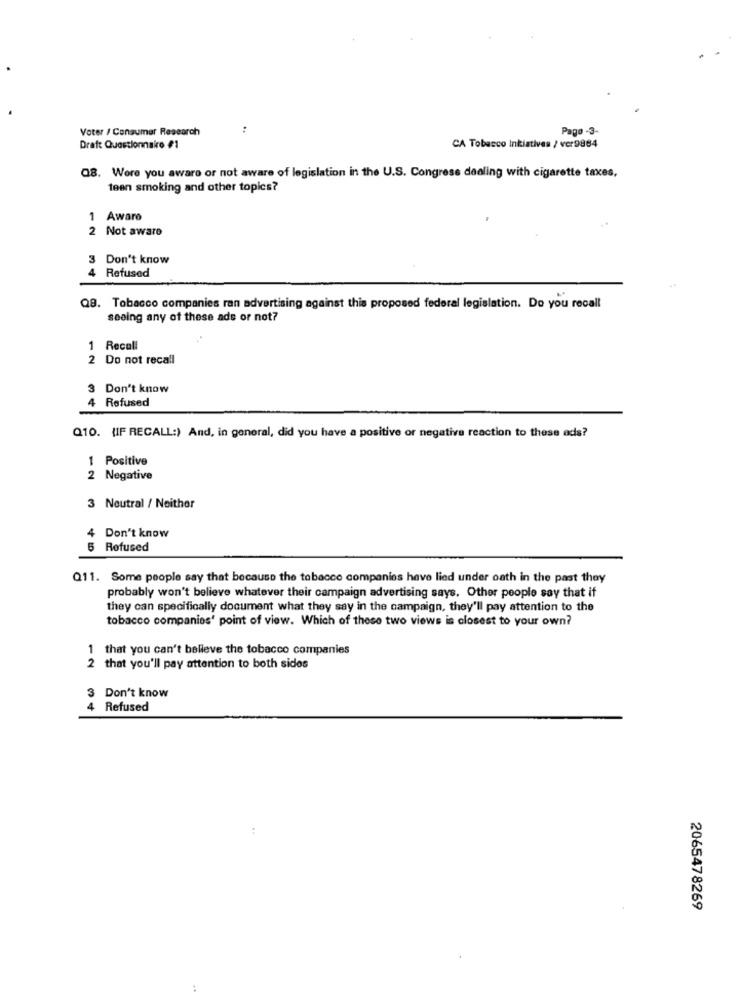
Voter / Consumer Research
:
Pago -3-
Draft Questionnaire #1
CA Tobacco Intiatives / vcr9884
08. Were you aware or not aware of legislation in the U.S. Congress dealing with cigarette taxes,
teen smoking and other topics?
Aware
2 Not aware
3 Don't know
Refused
Q8. Tobacco companies ran advertising against this proposed federal legislation. Do you recall
seeing any of these ads or not?
1 Recall
2 Do not recall
3 Don't know
Refused
Q10. {IF RECALL:) And, in general, did you have a positive or negative reaction to these ads?
1 Positive
2 Negative
3 Neutral / Neither
4 Don't know
Refused
Q11. Some people say that because the tobacco companies have lied under oath in the past they
probably won't believe whatever their campaign advertising says. Other people say that if
they can specifically document what they say in the campaign, they'll pay attention to the
tobacco companies' point of view. Which of these two views is closest to your own?
1 that you can't believe the tobacco companies
2 that you'll pay attention to both sides
3 Don't know
4 Refused
..
2065478269